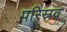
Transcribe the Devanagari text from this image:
परिस्रव